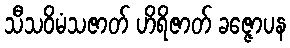
သီသဝိမံသဇာတ် ဟိရိဇာတ် ခဇ္ဇောပန